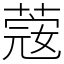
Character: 𦸅